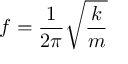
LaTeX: f = { \frac { 1 } { 2 \pi } } { \sqrt { \frac { k } { m } } }